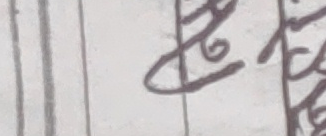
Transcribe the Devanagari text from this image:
सत्